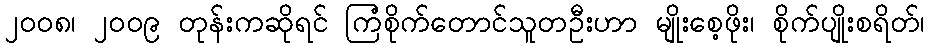
၂ဝဝ၈၊ ၂ဝဝ၉ တုန်းကဆိုရင် ကြံစိုက်တောင်သူတဦးဟာ မျိုးစေ့ဖိုး၊ စိုက်ပျိုးစရိတ်၊